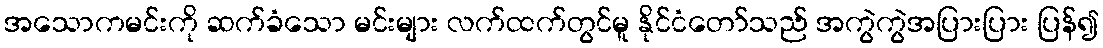
အသောကမင်းကို ဆက်ခံသော မင်းများ လက်ထက်တွင်မူ နိုင်ငံတော်သည် အကွဲကွဲအပြားပြား ပြန်၍